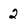
Character: 2